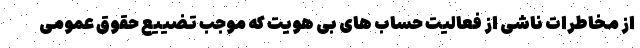
از مخاطرات ناشی از فعالیت حساب های بی هویت که موجب تضییع حقوق عمومی